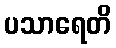
ပသာရေတိ